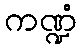
ကဏ္ဍံ